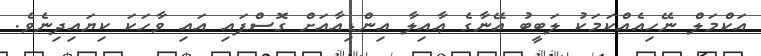
އަކްމަލް ނޭހިއެއްކަމަކު ލަބީބު އޭނާގެ ޢާއިލާ އިންޑިއާއަށް ގޮސްފައި އައި ވާހަކަ ކިޔައިދިނެވެ.